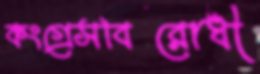
কংগ্রেসবিরোধী